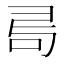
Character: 𠰟